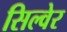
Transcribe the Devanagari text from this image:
सिल्वेर